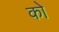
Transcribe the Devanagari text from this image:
कोे